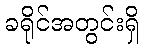
ခရိုင်အတွင်းရှိ